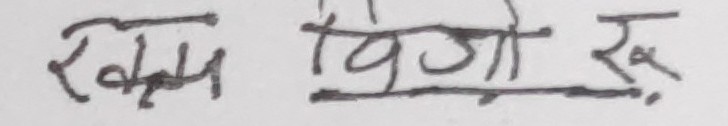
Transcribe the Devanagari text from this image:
खिम विजे रु.